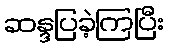
ဆန္ဒပြခဲ့ကြပြီး